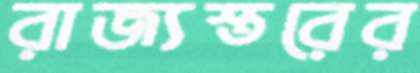
রাজ্যস্তরের